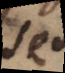
sed